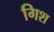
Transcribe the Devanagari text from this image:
गिश